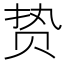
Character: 贽